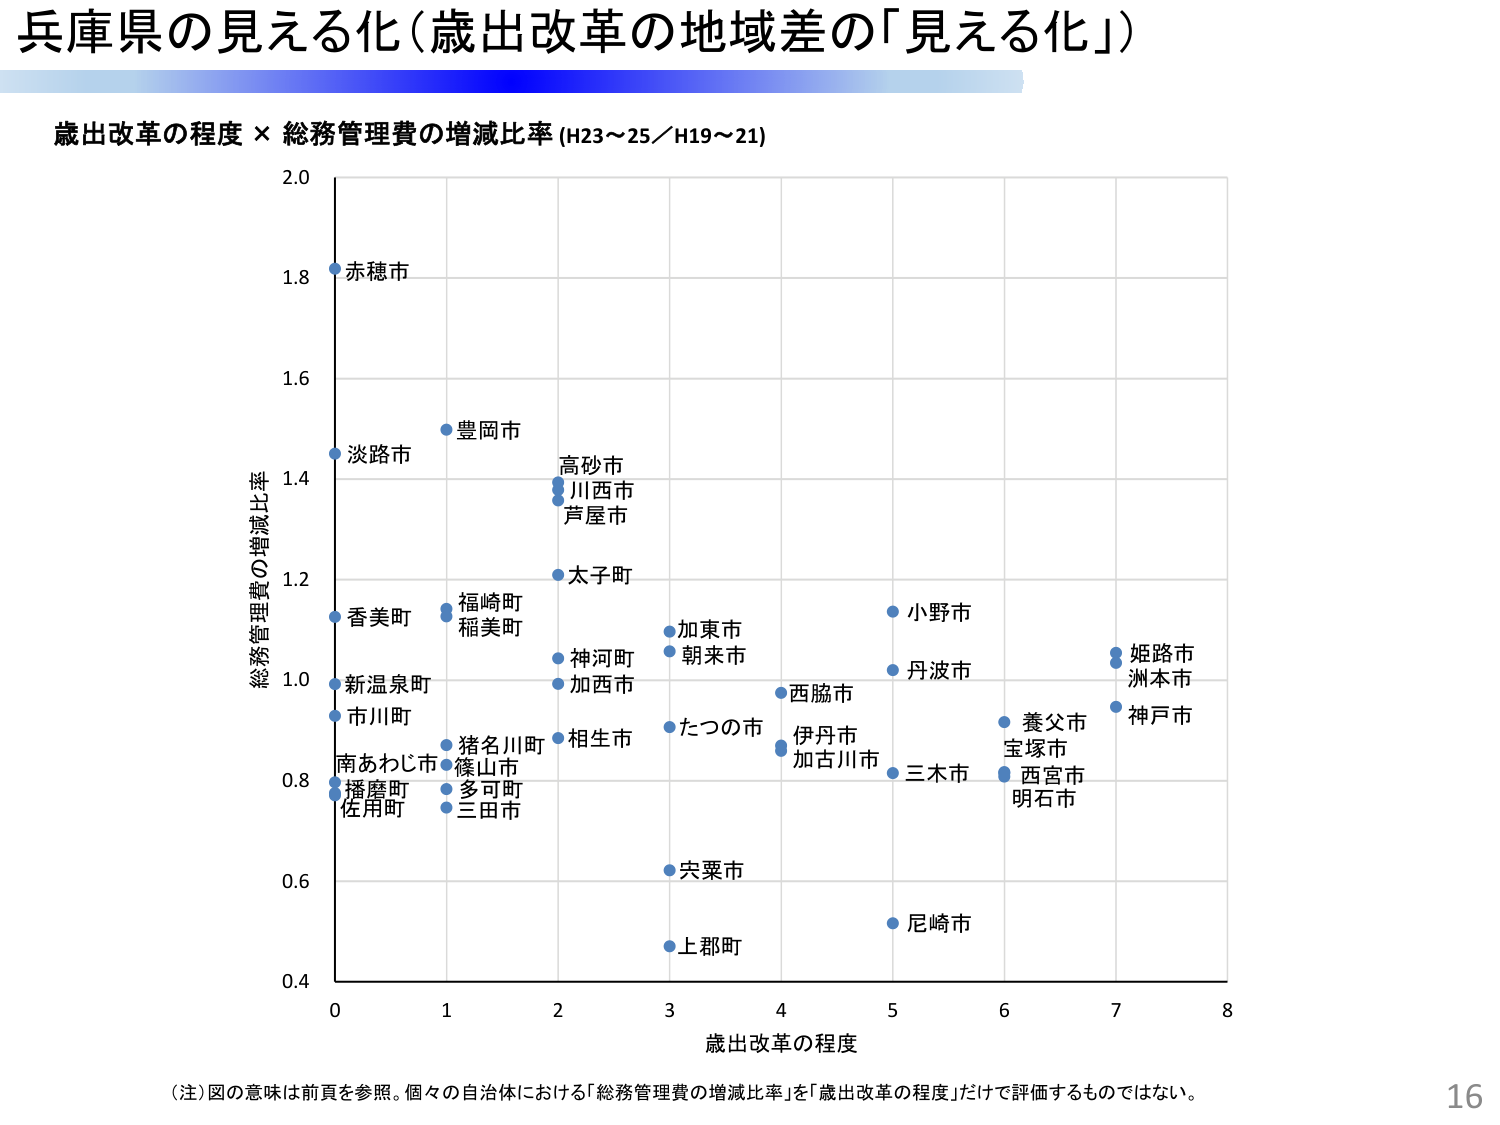
兵庫県の見える化（歳出改革の地域差の「見える化」）

歳出改革の程度 × 総務管理費の増減比率 (H23～25／H19～21)

2.0
1.8 赤穂市
1.6
1.4 淡路市 豊岡市
高砂市
川西市
芦屋市
1.2 太子町
香美町 福崎町
稲美町
1.0 新温泉町 神河町 加東市 小野市
市川町 加西市 朝来市
丹波市 姫路市
洲本市
0.8 南あわじ市 猪名川町 相生市 たつの市 西脇市 伊丹市 養父市
播磨町 篠山市 加古川市 三木市 宝塚市 神戸市
佐用町 多可町 西宮市
三田市 明石市
0.6 宍粟市
0.4 上郡町 尼崎市

0 1 2 3 4 5 6 7 8
歳出改革の程度

（注）図の意味は前頁を参照。個々の自治体における「総務管理費の増減比率」を「歳出改革の程度」だけで評価するものではない。

16